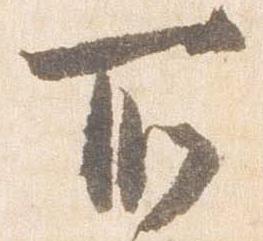
所